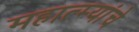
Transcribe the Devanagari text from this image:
महात्म्यांचे